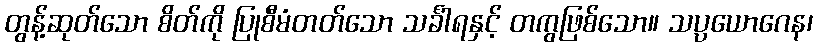
တွန့်ဆုတ်သော စိတ်ကို ပြုစီမံတတ်သော သင်္ခါရနှင့် တကွဖြစ်သော။ သပ္ပယောဂေန၊